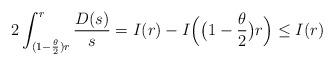
LaTeX: \begin{align*}2\int_{(1- \frac{\theta}{2})r}^{r} \frac{D(s)}{s}= I(r)- I\Big(\big(1- \frac{\theta}{2}\big)r\Big)\leq I(r) \end{align*}